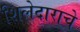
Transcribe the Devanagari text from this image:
शिलेदाराचे